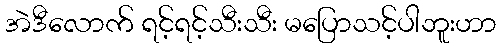
အဲဒီလောက် ရင့်ရင့်သီးသီး မပြောသင့်ပါဘူးဟာ